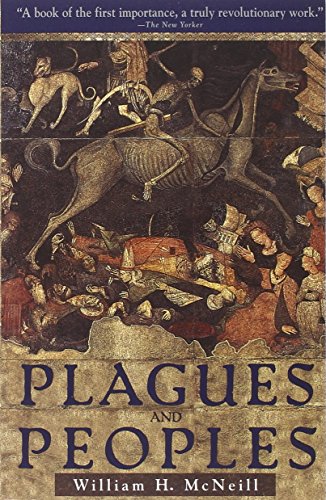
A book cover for Plagues and Peoples; William H. McNeill; Medical Books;